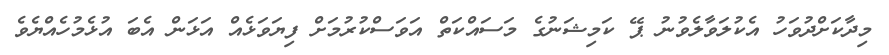
މިދާކަށްދުވަހު އެކުލަވާލެވުނު ޕޭ ކަމިޝަނުގެ މަސައްކަތް އަވަސްކުރުމަށް ފިޔަވަޅެއް އަޅަން އެބަ އުޅެމުހެއްޔެވެ